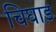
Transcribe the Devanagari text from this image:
चिघाड़